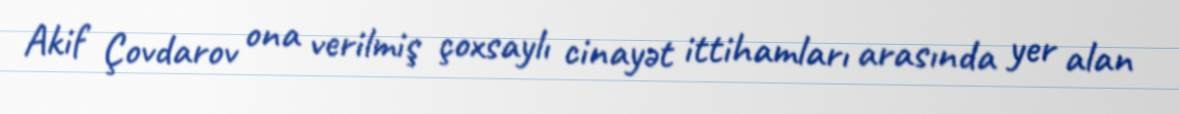
Akif Çovdarov ona verilmiş çoxsaylı cinayət ittihamları arasında yer alan